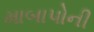
માબાપોની